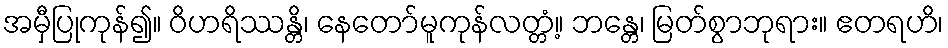
အမှီပြုကုန်၍။ ဝိဟရိဿန္တိ၊ နေတော်မူကုန်လတ္တံ့။ ဘန္တေ၊ မြတ်စွာဘုရား။ ဧတရဟိ၊